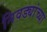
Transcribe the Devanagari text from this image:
निवड्यांच्या